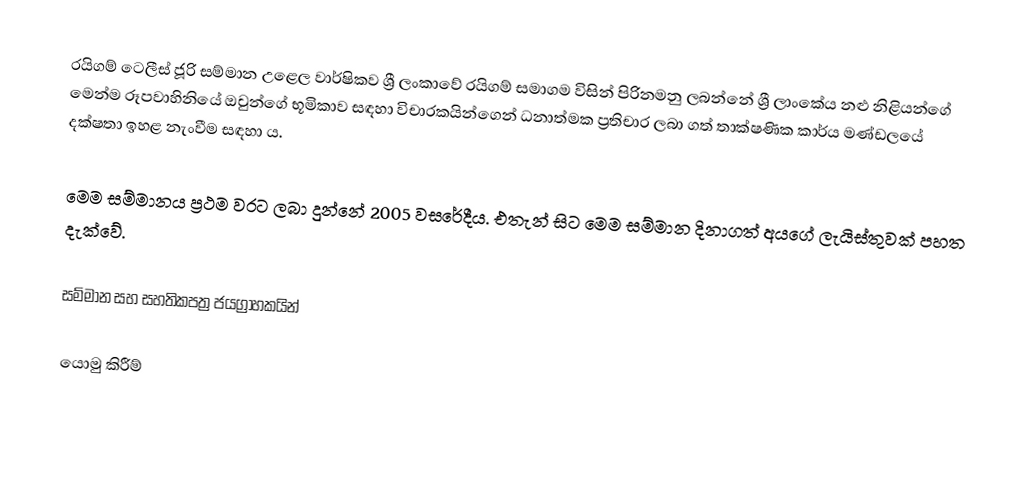
රයිගම් ටෙලීස් ජූරි සම්මාන උළෙල වාර්ෂිකව ශ්‍රී ලංකාවේ රයිගම් සමාගම විසින් පිරිනමනු ලබන්නේ ශ්‍රී ලාංකේය නළු නිළියන්ගේ මෙන්ම රූපවාහිනියේ ඔවුන්ගේ භූමිකාව සඳහා විචාරකයින්ගෙන් ධනාත්මක ප්‍රතිචාර ලබා ගත් තාක්ෂණික කාර්ය මණ්ඩලයේ දක්ෂතා ඉහළ නැංවීම සඳහා ය.

මෙම සම්මානය ප්‍රථම වරට ලබා දුන්නේ 2005 වසරේදීය. එතැන් සිට මෙම සම්මාන දිනාගත් අයගේ ලැයිස්තුවක් පහත දැක්වේ.

සම්මාන සහ සහතිකපත්‍ර ජයග්‍රාහකයින්

යොමු කිරීම්